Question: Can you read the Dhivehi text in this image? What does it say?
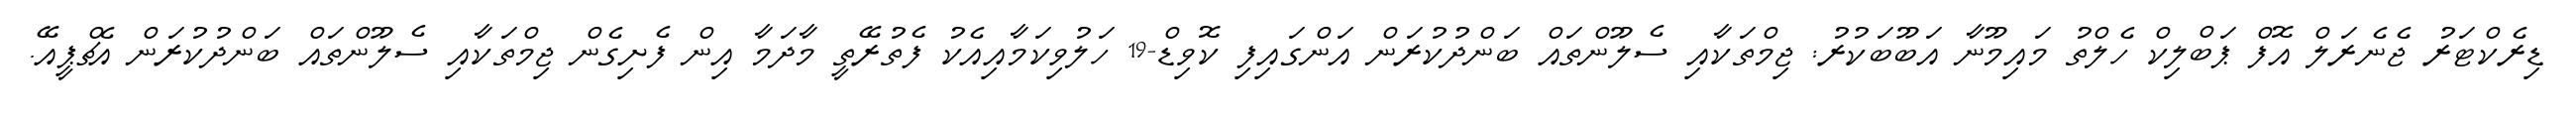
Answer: ޑިރެކްޓަރު ޖެނެރަލް އޮފް ޕަބްލިކް ހެލްތު މައިމޫނާ އަބޫބަކުރު: ޖިމްތަކާއި ސެލޫންތައް ބަންދުކުރަން އަންގައިފި ކޮވިޑް-19 ހަލުވިކަމާއިއެކު ފެތުރޭތީ މާދަމާ އިން ފެށިގެން ޖިމްތަކާއި ސެލޫންތައް ބަންދުކުރަން އެޗްޕީއޭ.